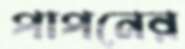
পাপনের